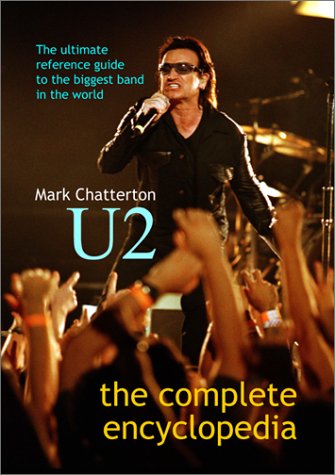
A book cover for U2: The Complete Encyclopedia; Mark Chatterton; Humor & Entertainment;